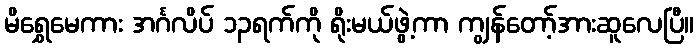
မိရွှေမေကား အင်္ဂလိပ် ၁၃ရက်ကို ရိုးမယ်ဖွဲ့ကာ ကျွန်တော့်အားဆူလေပြီ။